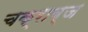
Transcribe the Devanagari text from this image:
चक्राब्ज